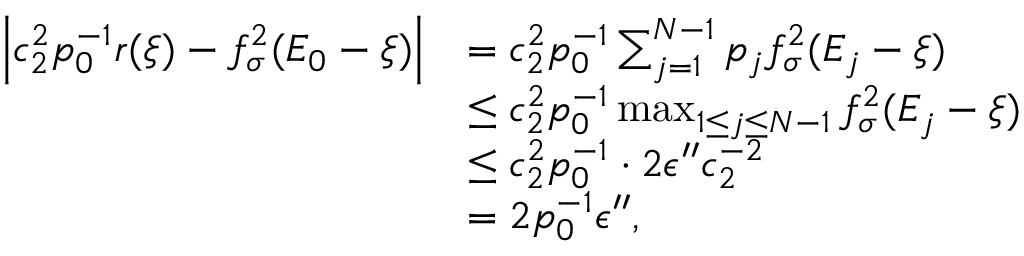
\begin{array} { r l } { \left| c _ { 2 } ^ { 2 } p _ { 0 } ^ { - 1 } r ( \xi ) - f _ { \sigma } ^ { 2 } ( E _ { 0 } - \xi ) \right| } & { = c _ { 2 } ^ { 2 } p _ { 0 } ^ { - 1 } \sum _ { j = 1 } ^ { N - 1 } p _ { j } f _ { \sigma } ^ { 2 } ( E _ { j } - \xi ) } \\ & { \le c _ { 2 } ^ { 2 } p _ { 0 } ^ { - 1 } \operatorname* { m a x } _ { 1 \le j \le N - 1 } f _ { \sigma } ^ { 2 } ( E _ { j } - \xi ) } \\ & { \le c _ { 2 } ^ { 2 } p _ { 0 } ^ { - 1 } \cdot 2 \epsilon ^ { \prime \prime } c _ { 2 } ^ { - 2 } } \\ & { = 2 p _ { 0 } ^ { - 1 } \epsilon ^ { \prime \prime } , } \end{array}